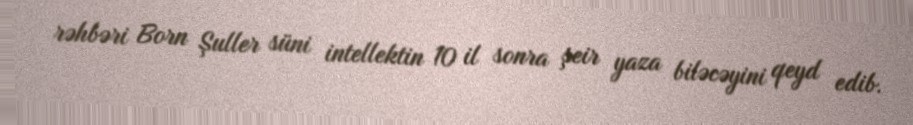
rəhbəri Born Şuller süni intellektin 10 il sonra şeir yaza biləcəyini qeyd edib.